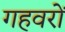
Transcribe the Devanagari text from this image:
गहवरों